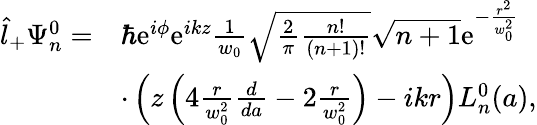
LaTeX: \begin{array}{rl}{\hat{l}_{+}\Psi_{n}^{0}=}&{\hbar\mathrm{e}^{i\phi}\mathrm{e}^{ikz}\frac{1}{w_{0}}\sqrt{\frac{2}{\pi}\frac{n!}{(n+1)!}}\sqrt{n+1}\mathrm{e}^{-\frac{r^{2}}{w_{0}^{2}}}}\\ &{\cdot\left(z\left(4\frac{r}{w_{0}^{2}}\frac{d}{da}-2\frac{r}{w_{0}^{2}}\right)-ikr\right)L_{n}^{0}(a),}\end{array}